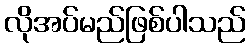
လိုအပ်မည်ဖြစ်ပါသည်